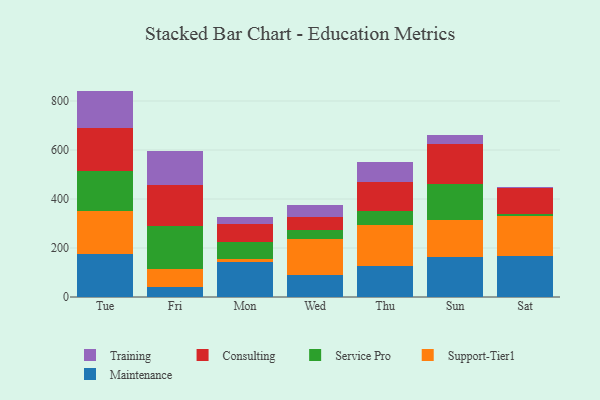
{"axis": {"x": "Day", "y": "Demand Index"}, "legend": ["Consulting", "Maintenance", "Service Pro", "Support-Tier1", "Training"], "data": [{"x": "Tue", "y": 175.6, "type": "Maintenance"}, {"x": "Tue", "y": 174.7, "type": "Support-Tier1"}, {"x": "Tue", "y": 164.4, "type": "Service Pro"}, {"x": "Tue", "y": 176.5, "type": "Consulting"}, {"x": "Tue", "y": 150.2, "type": "Training"}, {"x": "Fri", "y": 40.9, "type": "Maintenance"}, {"x": "Fri", "y": 74.4, "type": "Support-Tier1"}, {"x": "Fri", "y": 173.6, "type": "Service Pro"}, {"x": "Fri", "y": 167.5, "type": "Consulting"}, {"x": "Fri", "y": 138.5, "type": "Training"}, {"x": "Mon", "y": 143.1, "type": "Maintenance"}, {"x": "Mon", "y": 12.5, "type": "Support-Tier1"}, {"x": "Mon", "y": 70.7, "type": "Service Pro"}, {"x": "Mon", "y": 69.7, "type": "Consulting"}, {"x": "Mon", "y": 28.8, "type": "Training"}, {"x": "Wed", "y": 90.7, "type": "Maintenance"}, {"x": "Wed", "y": 146.8, "type": "Support-Tier1"}, {"x": "Wed", "y": 34.2, "type": "Service Pro"}, {"x": "Wed", "y": 54.6, "type": "Consulting"}, {"x": "Wed", "y": 50.4, "type": "Training"}, {"x": "Thu", "y": 127.1, "type": "Maintenance"}, {"x": "Thu", "y": 168.7, "type": "Support-Tier1"}, {"x": "Thu", "y": 56.4, "type": "Service Pro"}, {"x": "Thu", "y": 115.4, "type": "Consulting"}, {"x": "Thu", "y": 82.8, "type": "Training"}, {"x": "Sun", "y": 165.0, "type": "Maintenance"}, {"x": "Sun", "y": 148.0, "type": "Support-Tier1"}, {"x": "Sun", "y": 149.8, "type": "Service Pro"}, {"x": "Sun", "y": 163.0, "type": "Consulting"}, {"x": "Sun", "y": 33.8, "type": "Training"}, {"x": "Sat", "y": 167.9, "type": "Maintenance"}, {"x": "Sat", "y": 161.3, "type": "Support-Tier1"}, {"x": "Sat", "y": 8.6, "type": "Service Pro"}, {"x": "Sat", "y": 106.5, "type": "Consulting"}, {"x": "Sat", "y": 6.1, "type": "Training"}]}